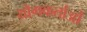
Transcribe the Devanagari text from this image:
योगकर्ताओं